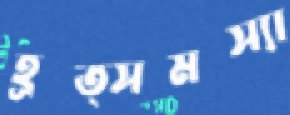
হূত্সমস্যা